Annual report on the working of the mental hospitals in the Madras Presidency - 1912-1932
Year: 1912
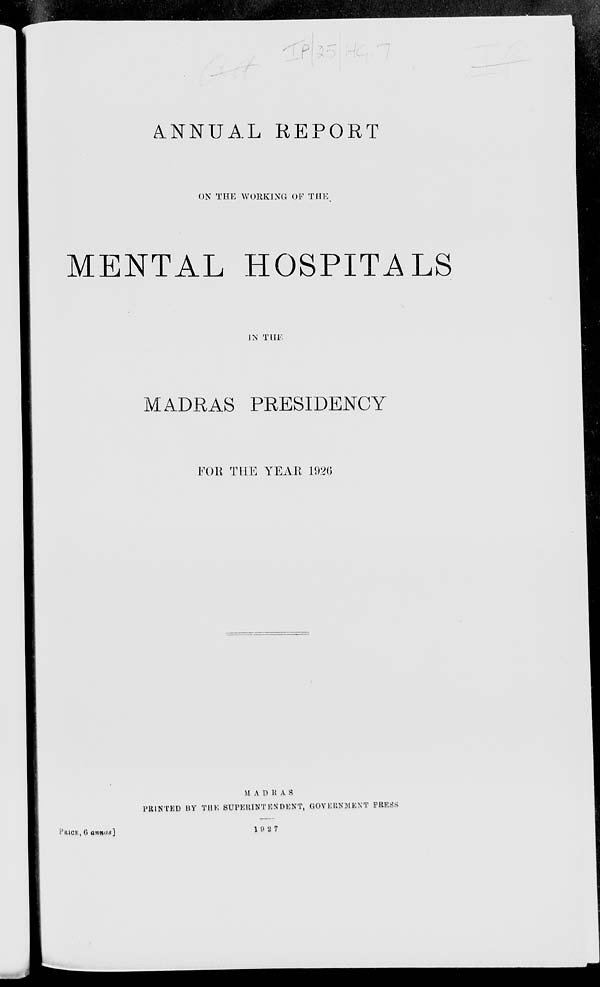
ANNUAL REPORT
ON THE WORKING OF THE
MENTAL HOSPITALS
IN THE
MADRAS PRESIDENCY
FOR THE YEAR 1926
M A D R A S
PRINTED BY THE SUPERINTENDENT, GOVERNMENT PRESS
1927
PRICE, 6 annas]